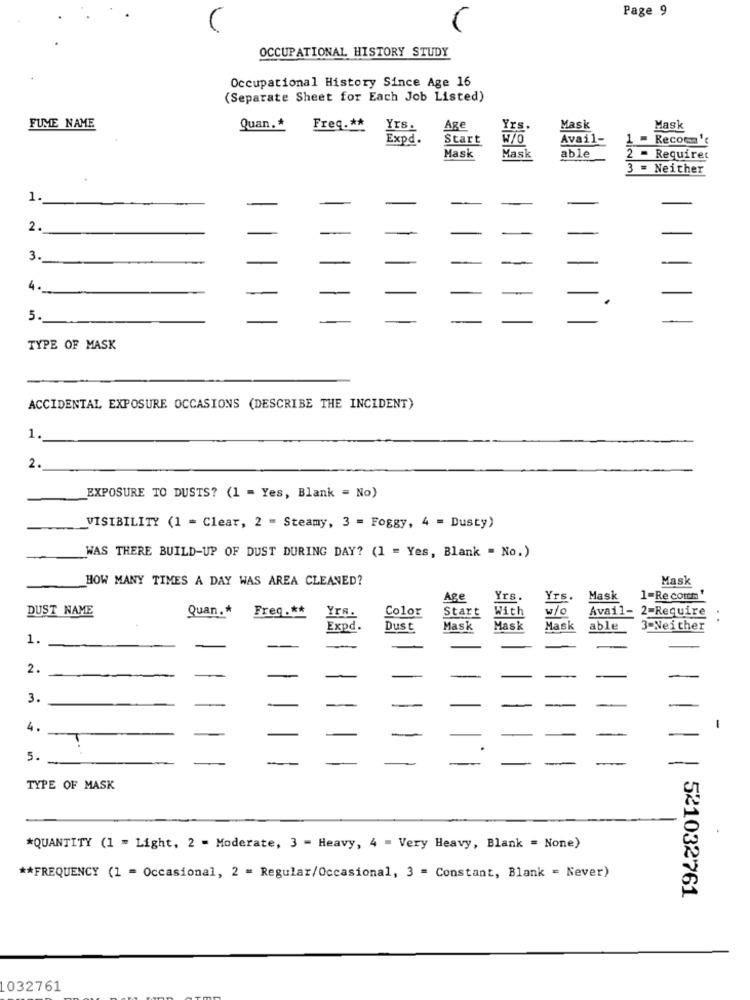
Page 9
C
OCCUPATIONAL HISTORY STUDY
Occupational History Since Age 16
(Separate Sheet for Each Job Listed)
FUME NAME
Quan .*
Freq .**
Yrs
Age
Mask
Mask
Expd.
Start
W/O
Avail-
1
Recoc't
Mask
Mask
able
- Requiret
3 = Neither
1.
2.
3.
4.
5.
TYPE OF MASK
ACCIDENTAL EXPOSURE OCCASIONS (DESCRIBE THE INCIDENT)
1.
2.
EXPOSURE TO DUSTS? (1 = Yes, Blank = No)
VISIBILITY (1 = Clear, 2 = Steamy, 3 = Foggy, 4 = Dusty)
WAS THERE BUILD-UP OF DUST DURING DAY? (1 = Yes, Blank = No.)
HOW MANY TIMES A DAY WAS AREA CLEANED?
Mask
Age
Yrs.
Yrs.
Mask
1-Re comm'
DUST NAME
Quan .*
Freq .**
Yrs.
Color
Start
With
w/o
Avail- 2=Require :
Expd.
Dust
Mask
Mask
Mask
able
3-Neither
1.
2.
3.
4.
-
5.
TYPE OF MASK
*QUANTITY (1 = Light, 2 - Moderate, 3 - Heavy, 4 = Very Heavy, Blank = None)
** FREQUENCY (1 = Occasional, 2 = Regular/Occasional, 3 = Constant, Blank = Never)
521032761
032761